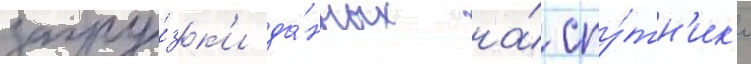
загру́зк'и да́нных на́ спу́тн'ик'и